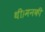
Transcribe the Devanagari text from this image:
थी।मनकी